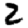
Digit: 2